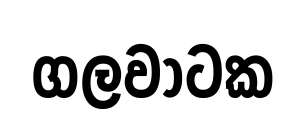
ගලවාටක